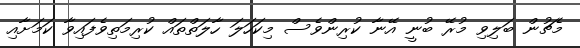
މެޗުން ބަލިވި މުރޭ ބުނީ އޭނާ ކުރިންވެސް މިކަހަލަ ހާލަތްތައް ކުރިމަތިވެފައިވާ ކަމަށާއި